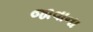
જાવાના